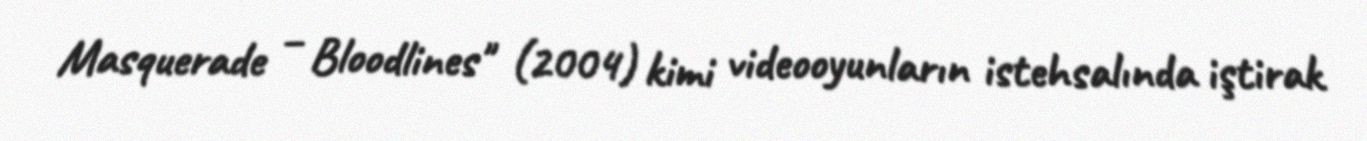
Masquerade – Bloodlines" (2004) kimi videooyunların istehsalında iştirak